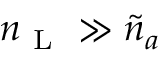
{ n } _ { \mathrm { ~ L ~ } } \gg \tilde { n } _ { a }